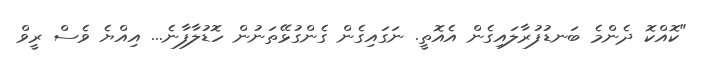
"ކޮއްކޮ ދެންމެ ބަނޑުފުރާލައިގެން އެއޮތީ. ނަގައިގެން ގެންގުޅޭތަނުން ހޮޑުލާފާނެ... އިއްޔެ ވެސް ރީވް